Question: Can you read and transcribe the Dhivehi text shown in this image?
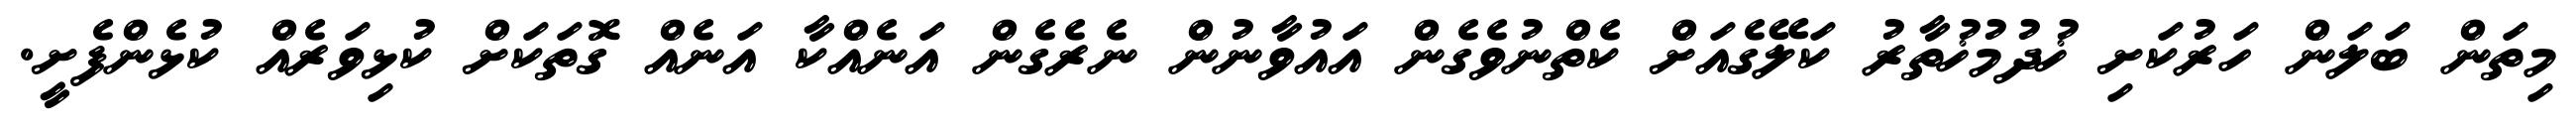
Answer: މިތަން ބަލަން ހަރުކަށި ޚުދުމުޚުތާރު ކަލޭގެއަށް ކެތްނުވެގެން އައުވާނުން ނެރެގެން އަނެއްކާ އަނެއް ގޮތަކަށް ކުޅިވަރެއް ކުޅެންފެށީ.